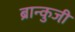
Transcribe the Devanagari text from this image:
ब्रान्कुजी़